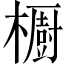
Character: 櫉